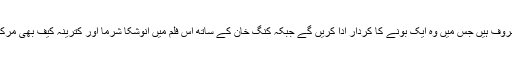
20 جون2018ء) بالی ووڈ اداکار شاہ رٴْخ خان ان دنوں اپنی نئی آنے والی فلم’’زیرو‘کی تیاری میں مصروف ہیں جس میں وہ ایک بونے کا کردار ادا کریں گے جبکہ کنگ خان کے ساتھ اس فلم میں انوشکا شرما اور کترینہ کیف بھی مرکزی کردار میں نظر آئیں گے جو اس سال کرسمس کے موقع پریعنی21دسمبر کو ریلیز کی جائے گی ۔